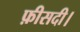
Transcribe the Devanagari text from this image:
फ़ीसदी।